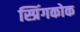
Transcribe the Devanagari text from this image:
स्प्रिंगकोक